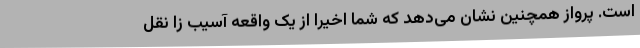
است. پرواز همچنین نشان می‌دهد که شما اخیراً از یک واقعه آسیب زا نقل